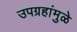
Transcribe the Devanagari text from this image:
उपग्रहांमुळे